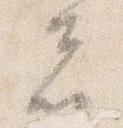
者